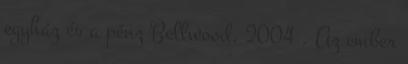
egyház és a pénz Bellwood, 2004 . Az ember